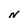
Character: N